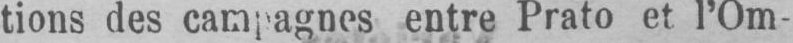
entre Prato et l’Om-